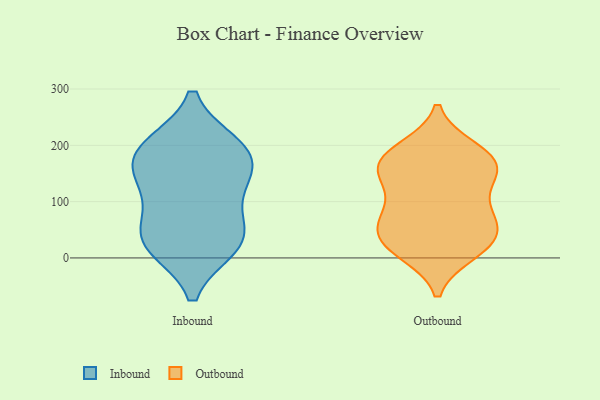
{"axis": {"x": "Satisfaction Score", "y": "Value"}, "legend": ["Inbound", "Outbound"], "data": [{"x": "", "y": 49, "type": "Inbound"}, {"x": "", "y": 130, "type": "Inbound"}, {"x": "", "y": 22, "type": "Inbound"}, {"x": "", "y": 198, "type": "Inbound"}, {"x": "", "y": 26, "type": "Inbound"}, {"x": "", "y": 185, "type": "Inbound"}, {"x": "", "y": 37, "type": "Inbound"}, {"x": "", "y": 194, "type": "Inbound"}, {"x": "", "y": 166, "type": "Inbound"}, {"x": "", "y": 120, "type": "Inbound"}, {"x": "", "y": 193, "type": "Outbound"}, {"x": "", "y": 79, "type": "Outbound"}, {"x": "", "y": 10, "type": "Outbound"}, {"x": "", "y": 161, "type": "Outbound"}, {"x": "", "y": 140, "type": "Outbound"}, {"x": "", "y": 178, "type": "Outbound"}, {"x": "", "y": 187, "type": "Outbound"}, {"x": "", "y": 19, "type": "Outbound"}, {"x": "", "y": 70, "type": "Outbound"}, {"x": "", "y": 24, "type": "Outbound"}, {"x": "", "y": 67, "type": "Outbound"}, {"x": "", "y": 80, "type": "Outbound"}, {"x": "", "y": 41, "type": "Outbound"}, {"x": "", "y": 152, "type": "Outbound"}, {"x": "", "y": 169, "type": "Outbound"}, {"x": "", "y": 135, "type": "Outbound"}, {"x": "", "y": 26, "type": "Outbound"}]}